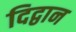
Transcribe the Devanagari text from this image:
दिद्वान